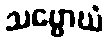
သဗ္ဗောဃံ